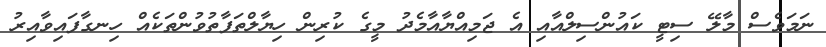
ނަމަވެސް މާލޭ ސިޓީ ކައުންސިލްއާއި އެ ޖަމިއްޔާއާމެދު މީގެ ކުރިން ހިޔާލްތަފާތުވުންތަކެއް ހިނގާފައިވާއިރު